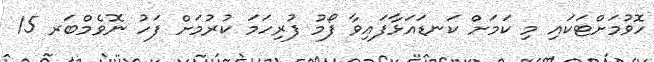
ހޮވުމަށްޓަކައި މި ކަމަށް ކަނޑައަޅާފައިވާ ފޯމު ފުރިހަމަ ކުރުމަށް ފަހު ނޮވެމްބަރ 15